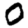
Digit: 0